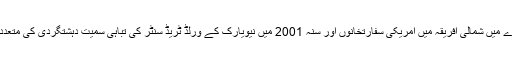
ان کام سنہ انیس سو اٹھانوے میں شمالی افریقہ میں امریکی سفارتخانوں اور سنہ 2001 میں نیویارک کے ورلڈ ٹریڈ سنٹر کی تباہی سمیت دہشتگردی کی متعدد وارداتوں میں لیا جاتا ہے۔